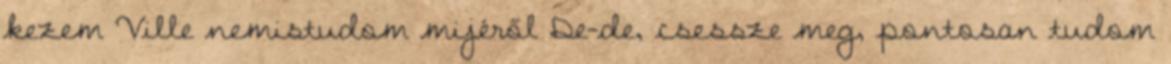
kezem Ville nemistudom mijéről De-de, csessze meg, pontosan tudom